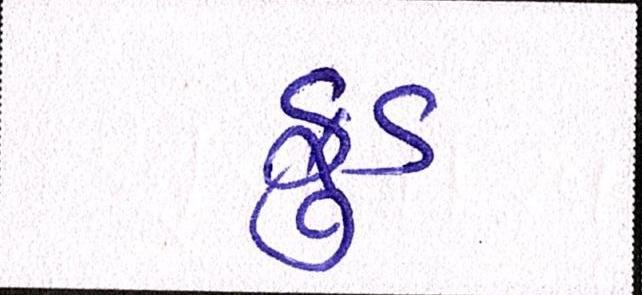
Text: ફુડ